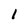
Character: 1